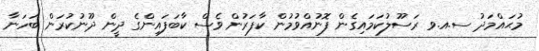
މުޙައްމަދު ސ.އ.ވ ރަސޫލުކަމައިގެން ފޮނުއްވުމުން ކާފަރުން ވެސް ކާބަފައިންގެ ދީން ދޫނުކުރަން ބަހަނާ